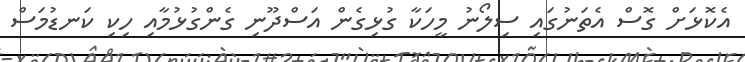
އެކޮޅަށް ގޮސް އެތަނުގައި ސިލޯނު މީހަކާ ގުޅިގެން އަސްދޫނި ގެންގުޅުމާއި ހިކި ކަނޑުމަސް